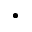
\cdot